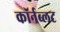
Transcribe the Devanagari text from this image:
कॉर्नब्लट